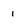
Character: 1